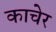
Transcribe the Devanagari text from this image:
काचेर